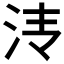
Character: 𰛓